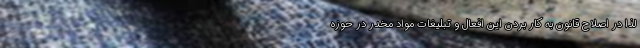
لذا در اصلاح قانون به کار بردن این افعال و تبلیغات مواد مخدر در حوزه